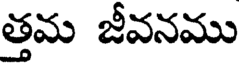
త్తమ జీవనము